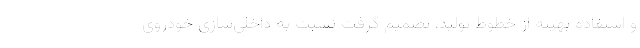
و استفاده بهینه از خطوط تولید، تصمیم گرفت نسبت به داخلی‌سازی خودروی